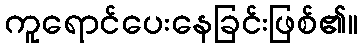
ကူရောင်ပေးနေခြင်းဖြစ်၏။